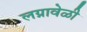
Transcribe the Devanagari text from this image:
लग्नावेळी